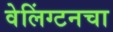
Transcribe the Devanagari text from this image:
वेलिंग्टनचा